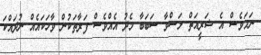
ނަމަވެސް އެ ޝަރީއަތް ލަސްވާ ސަބަބާ މެދު އެއްވެސް ފަރާތަކުން ވާހަކައެއް ނުދައްކަ